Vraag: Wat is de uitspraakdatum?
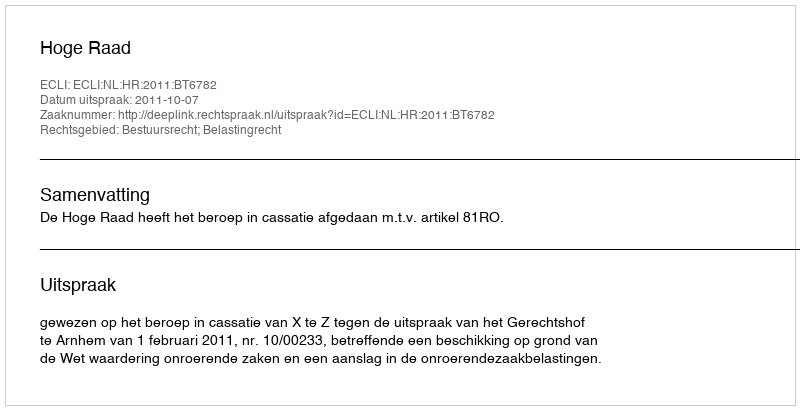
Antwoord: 2011-10-07